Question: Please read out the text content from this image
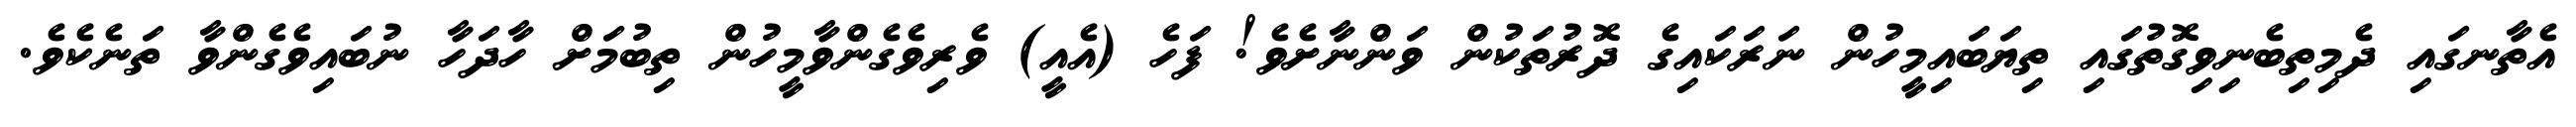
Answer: އެތާނގައި ދެމިތިބެނިވިގޮތުގައި ތިޔަބައިމީހުން ނަރަކައިގެ ދޮރުތަކުން ވަންނާށެވެ! ފަހެ (އެއީ) ވެރިވެގެންވާމީހުން ތިބުމަށް ހާދަހާ ނުބައިވެގެންވާ ތަނެކެވެ.